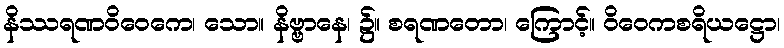
နိဿရဏဝိဝေကေ၊ သော။ နိဗ္ဗာနေ၊ ၌။ စရဏတော၊ ကြောင့်။ ဝိဝေကစရိယဋ္ဌော၊